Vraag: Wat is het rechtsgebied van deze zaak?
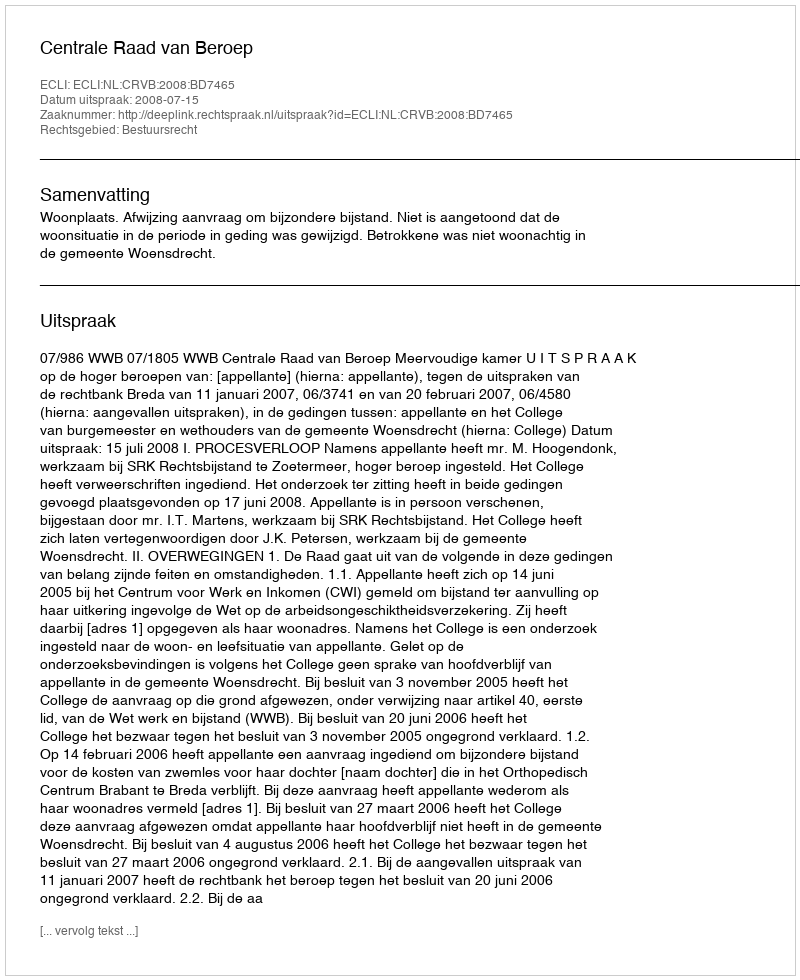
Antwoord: Bestuursrecht